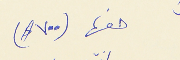
حقها (٧٠٠ $)